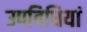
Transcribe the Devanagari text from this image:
उपविधियां